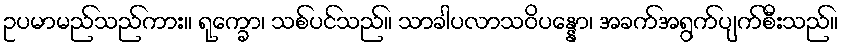
ဥပမာမည်သည်ကား။ ရုက္ခော၊ သစ်ပင်သည်။ သာခါပလာသဝိပန္နော၊ အခက်အရွက်ပျက်စီးသည်။